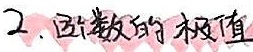
2. 函数的极值